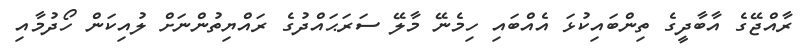
ރާއްޖޭގެ އާބާދީގެ ތިންބައިކުޅަ އެއްބައި ހިމެނޭ މާލޭ ސަރަޙައްދުގެ ރައްޔިތުންނަށް ލުއިކަން ހޯދުމާއި